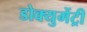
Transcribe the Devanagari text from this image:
डोक्युमेंट्री